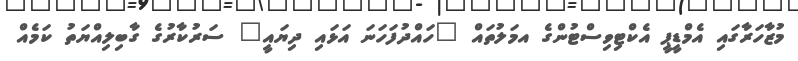
މުޒާހަރާގައި އެމްޑީޕީ އެކްޓިވިސްޓުންގެ އމަލުތައް "ހައްދުފަހަނަ އަޅައި ދިޔައީ" ސަރުކާރުގެ ގާބިލިއްޔަތު ކަމެއް